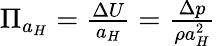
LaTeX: \begin{array}{r}{{{\Pi}}_{a_{H}}=\frac{\Delta U}{a_{H}}=\frac{\Delta p}{\rho a_{H}^{2}}}\end{array}